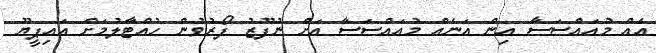
އެއް މުއައްސަސާ އިން އަނެއް މުއައްސަސާ އަށް ނުފޫޒު ފޯރުވުން ހުއްޓާލުމަށް އައިޕީޔޫ